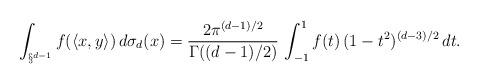
LaTeX: \begin{align*}\int_{\S^{d-1}} f (\langle x,y \rangle ) \, d\sigma_d(x) = \frac {2 \pi^{(d-1)/2}} {\Gamma ((d-1)/2)} \, \int_{-1}^1 f(t) \, (1-t^2)^{(d-3)/2} \, dt.\end{align*}